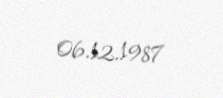
06.12.1987